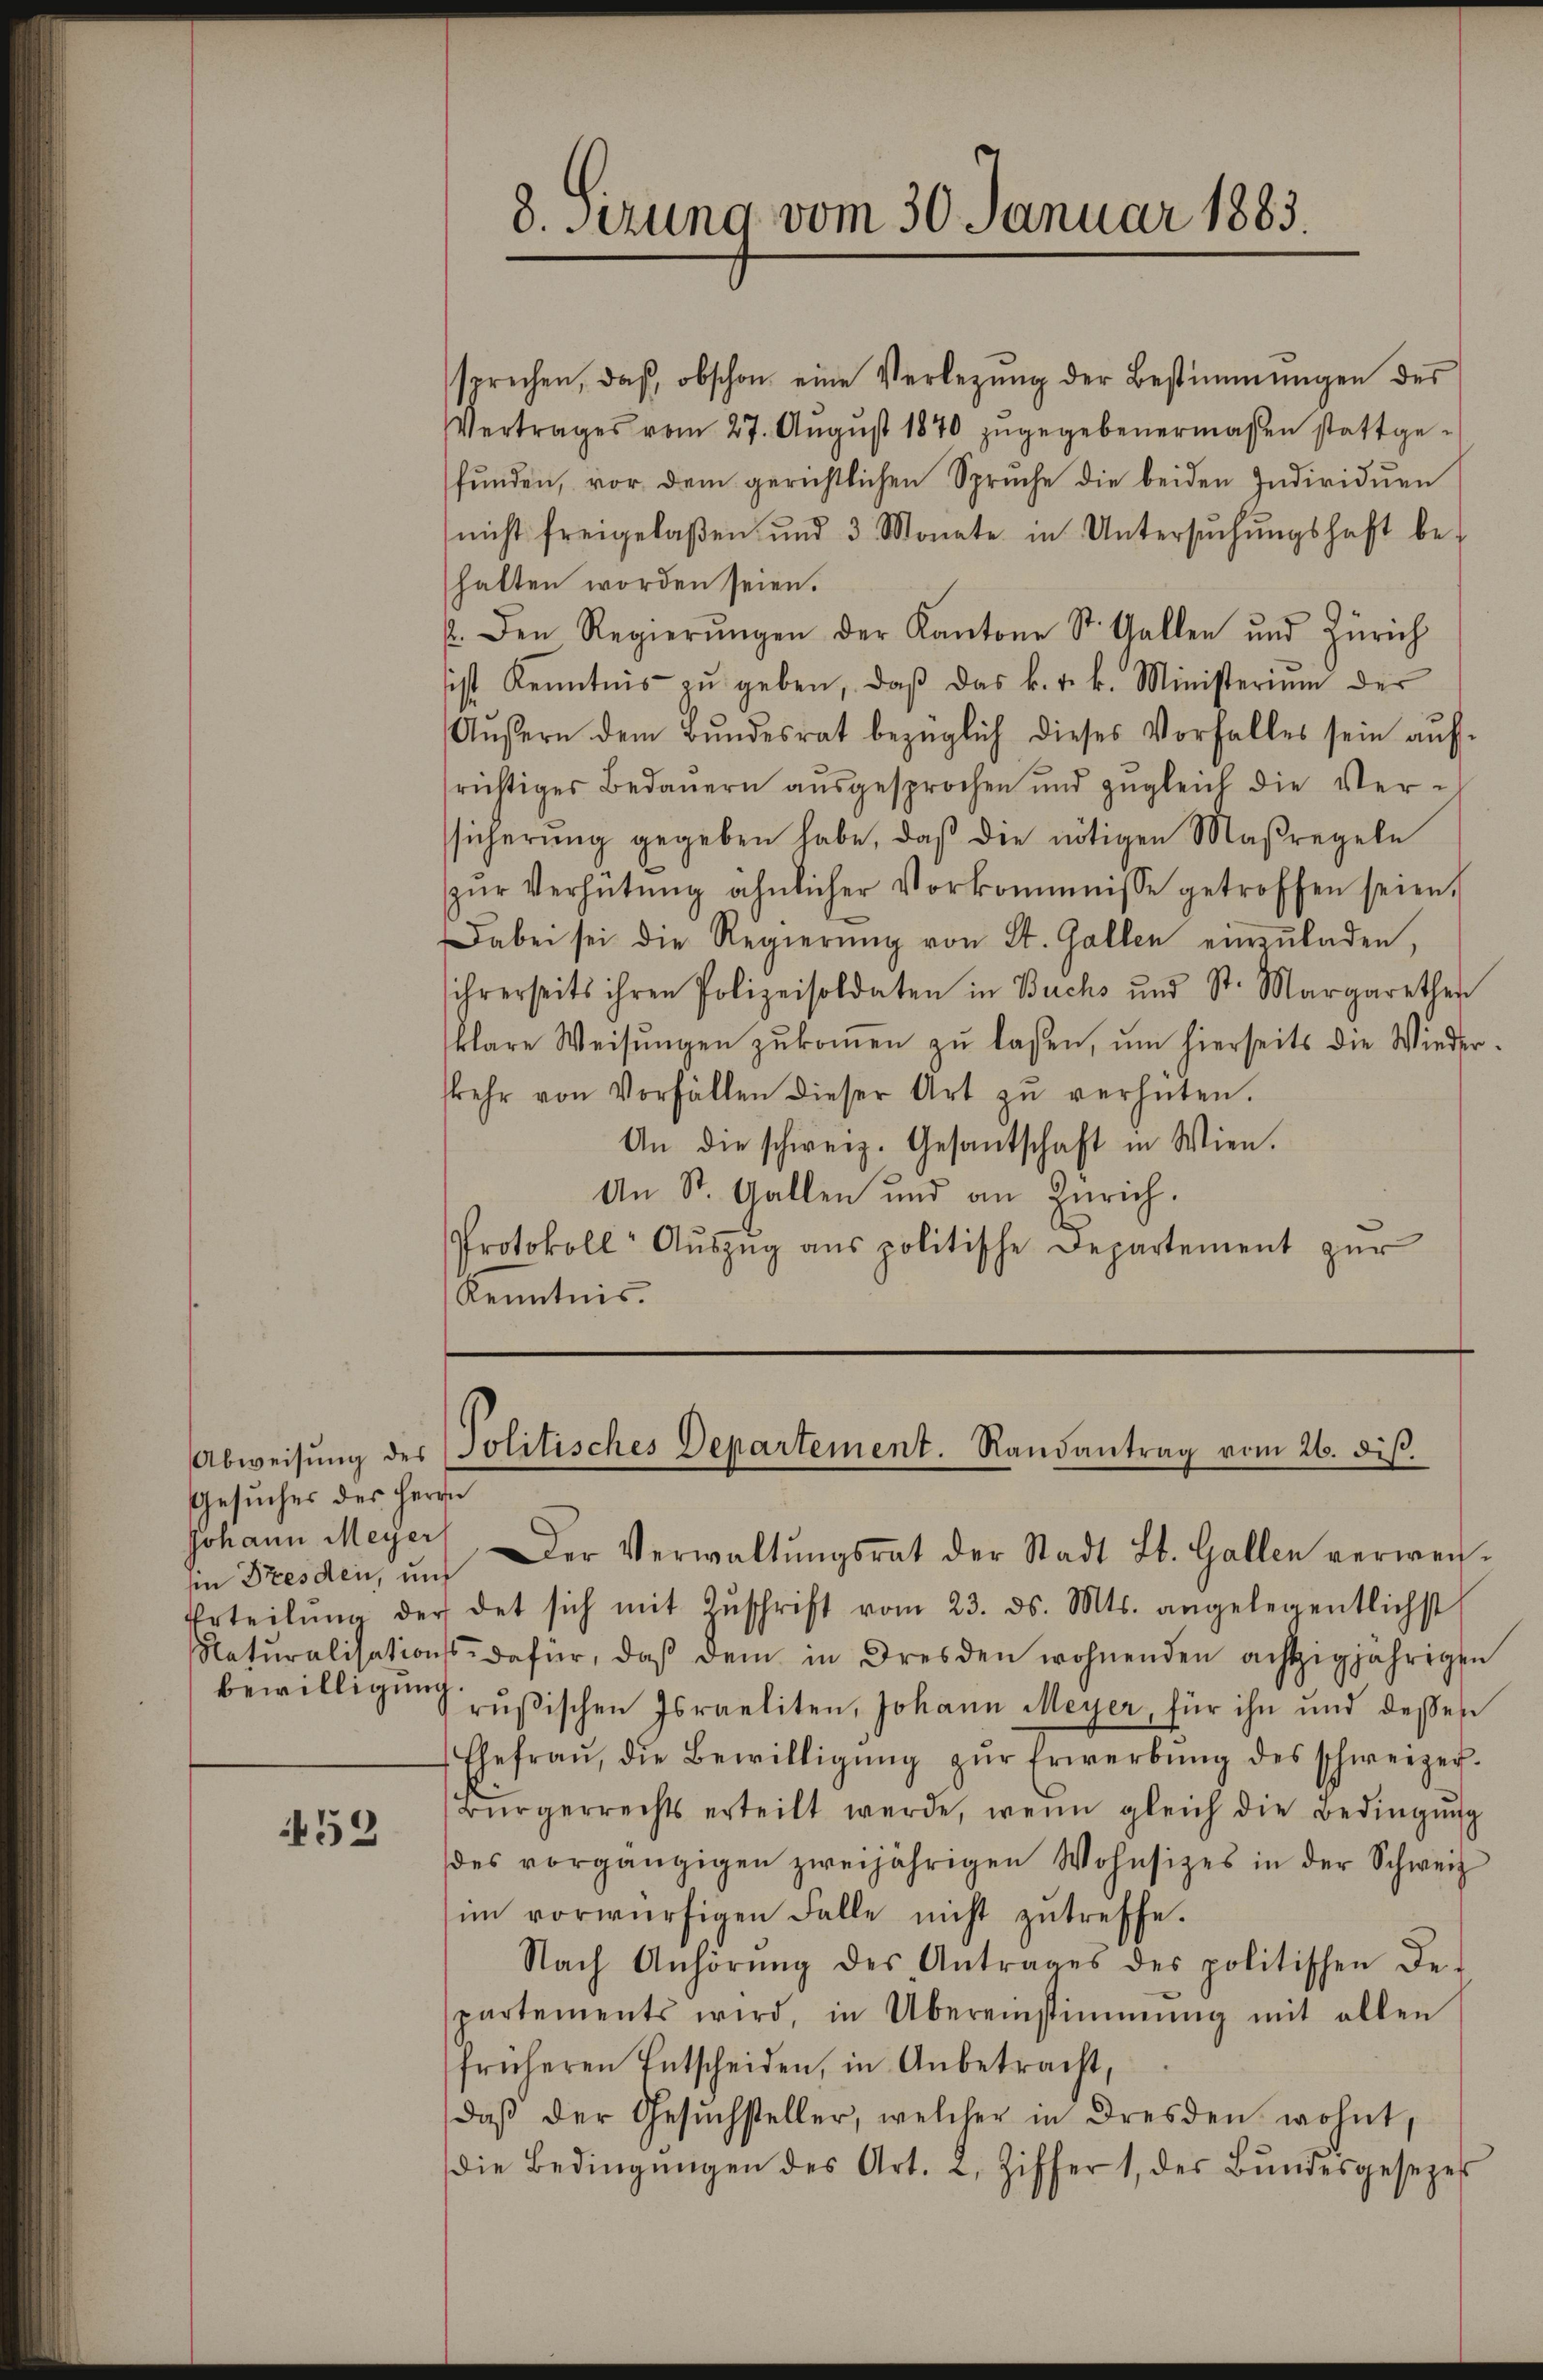
Gesuches des Herrn
iin Dresden, und
bewilligung

452

8. sezung vom 30. Januar 1883.

sprechen, daβ obschon eine Verlegŭng der Bestimmungen des
Vertrages vom 27. Aŭgŭst 1870 zŭgegebenermaßen stattge-
fŭnden, vor dem gerichtlichen Spruche die beiden Individuen
nicht freigelaßen und 3 Monate in Untersŭchŭngshaft be-
halten worden seien.
p. Den Regierŭngen der Kantone St. Gallen und Zürich
sist Kenntnis zŭ geben, daβ das k. k. k. Ministerium der
Äŭβern dem Bŭndesrat bezüglich dieses Vorfalles sein aŭf-
richtiges Bedauern aŭsgesprochen und zŭgleich die Ver-
ssicherŭng gegeben habe, daβ die nötigen Maßregeln
zŭr Verhütung ähnlicher Vorkommnisse getroffen seien.
Dabei sei die Regierŭng von St. Gallen einzŭladen,
ihrerseits ihren Polizeisoldaten in Buchs und St. Margaretter
klare Weisŭngen zŭkoṁen zŭ lassen, ŭm hierseits die Wieder-
skehr von Vorfällen dieser Art zŭ verhüten.
An die schweiz. Gesantschaft in Wien.
An St. Gallen und an Zürich.
Protokoll- Aŭszŭg ans politische Departement zŭr
Kenntnis.

Abweisŭng der Politisches Departement. Randantrag vom 26. diβ.
Johann Meyer der Verwaltŭngsrat der Stadt Lb. Gallen verweis-

Erteilŭng der det sich mit Zŭschrift vom 23. ds. Mts. angelegentlichst
Natŭralisations- dafür, daβ dem in Dresden wohnenden achtzigjährigen
rŭβischen Israeliten, Johann Meyer, für ihn und dessen
Ehefraŭ, die Bewilligŭng zŭr Erwerbŭng des schweizer-
Bürgerrechts erteilt werde, wenn gleich die Bedingŭng
des vorgängigen zweijährigen Wohnsitzes in der Schweiz
im vorwürfigen Falle nicht zutreffe.
Nach Anhörŭng des Antrages des politischen Be-
spartements wird, in Übereinstimmung mit allen
früheren Entscheiden, in Anbetracht,
daβ der Gesŭchsteller, welcher in Dresden wohnt,
die Bedingŭngen des Art. 2, Ziffer 1, des Bŭndesgesezes